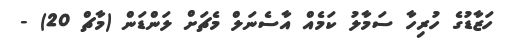
ހަޒާޑުގެ ހުރިހާ ސަމާލު ކަމެއް އާސެނަލް މެޗަށް ލަންޑަން (މާޗް 20) -